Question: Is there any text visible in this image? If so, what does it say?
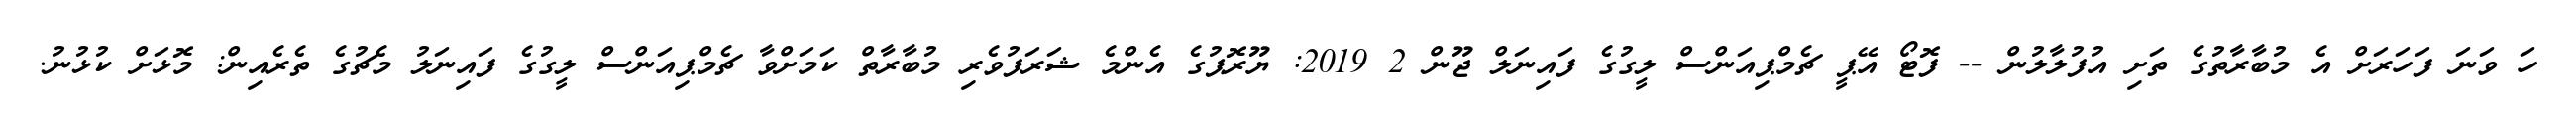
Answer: ހަ ވަނަ ފަހަރަށް އެ މުބާރާތުގެ ތަށި އުފުލާލުން -- ފޮޓޯ އޭޕީ ޗެމްޕިއަންސް ލީގުގެ ފައިނަލް ޖޫން 2 2019: ޔޫރޮޕުގެ އެންމެ ޝަރަފުވެރި މުބާރާތް ކަމަށްވާ ޗެމްޕިއަންސް ލީގުގެ ފައިނަލު މެޗުގެ ތެރެއިން: މޮޅަށް ކުޅުނު.